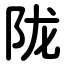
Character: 陇